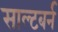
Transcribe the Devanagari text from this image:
साल्टबर्न